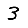
Digit: 3